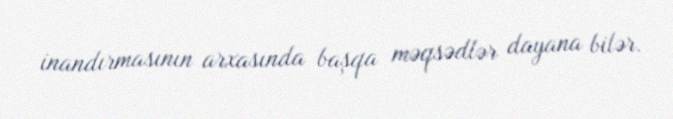
inandırmasının arxasında başqa məqsədlər dayana bilər.